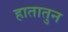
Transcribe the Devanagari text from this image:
हातातुन